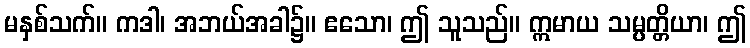
မနှစ်သက်။ ကဒါ၊ အဘယ်အခါ၌။ ဧသော၊ ဤ သူသည်။ ဣမာယ သမ္ပတ္တိယာ၊ ဤ